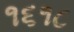
૧૬૧૮